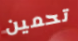
تحمين